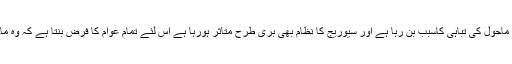
انہوں نے کہا کیونکہ پلاسٹک بیگ آلودگی اور ماحول کی تباہی کاسبب بن رہا ہے اور سیوریج کا نظام بھی بری طرح متاثر ہورہا ہے اس لئے تمام عوام کا فرض بنتا ہے کہ وہ ماحول کا تحفظ کرنے کے لئے کھڑے ہو جائیں۔